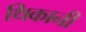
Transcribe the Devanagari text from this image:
थिकानी